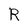
Character: R